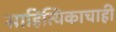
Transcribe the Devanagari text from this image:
साहित्यिकाचाही